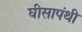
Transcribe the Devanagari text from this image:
घीसापंथी